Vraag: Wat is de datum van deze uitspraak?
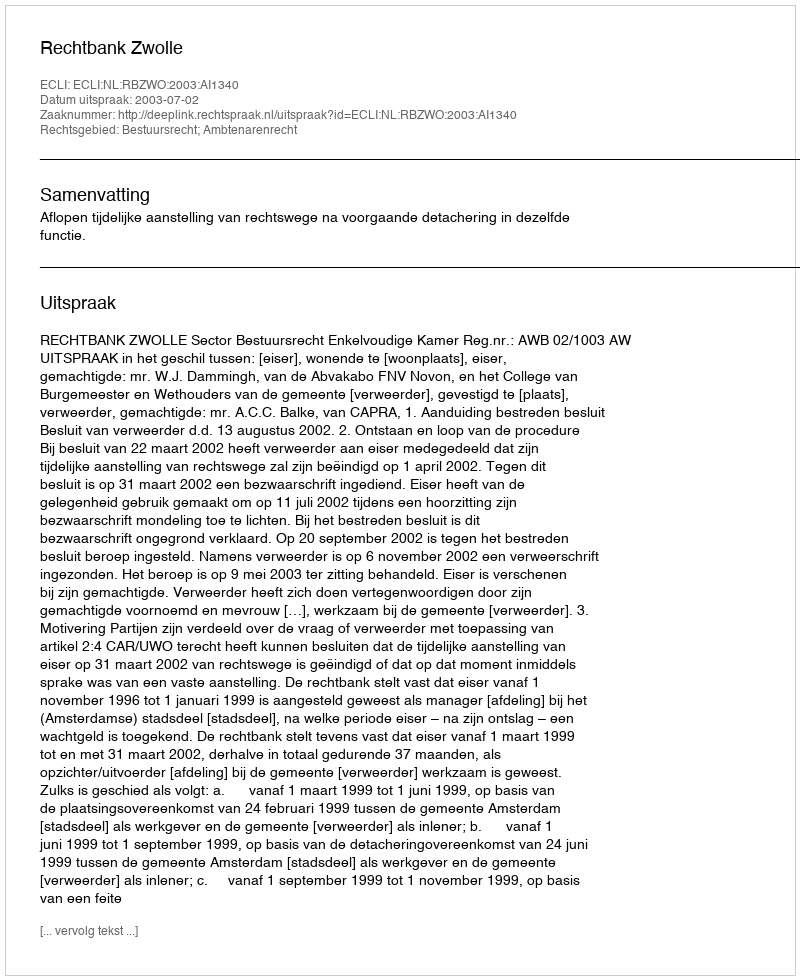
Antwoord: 2003-07-02